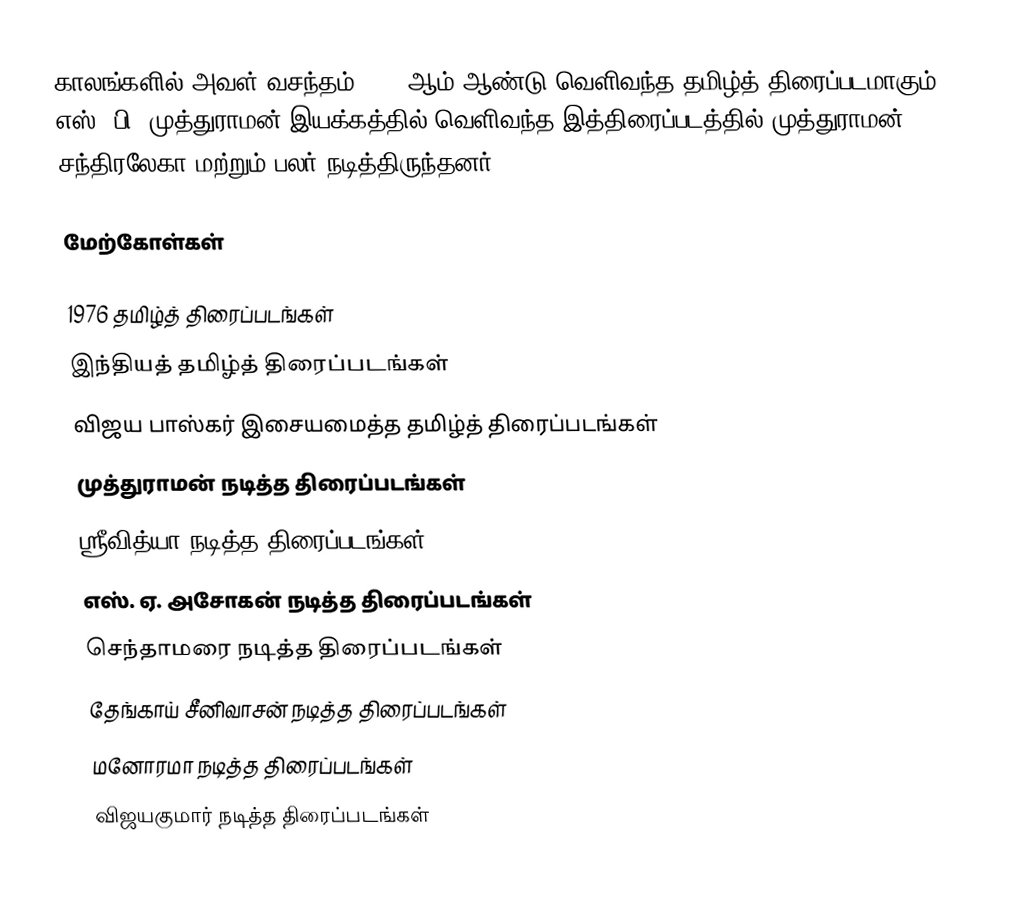
காலங்களில் அவள் வசந்தம் 1976 ஆம் ஆண்டு வெளிவந்த தமிழ்த் திரைப்படமாகும். எஸ். பி. முத்துராமன் இயக்கத்தில் வெளிவந்த இத்திரைப்படத்தில் முத்துராமன், சந்திரலேகா மற்றும் பலர் நடித்திருந்தனர்.

மேற்கோள்கள்

1976 தமிழ்த் திரைப்படங்கள்
இந்தியத் தமிழ்த் திரைப்படங்கள்
விஜய பாஸ்கர் இசையமைத்த தமிழ்த் திரைப்படங்கள்
முத்துராமன் நடித்த திரைப்படங்கள்
ஸ்ரீவித்யா நடித்த திரைப்படங்கள்
எஸ். ஏ. அசோகன் நடித்த திரைப்படங்கள்
செந்தாமரை நடித்த திரைப்படங்கள்
தேங்காய் சீனிவாசன் நடித்த திரைப்படங்கள்
மனோரமா நடித்த திரைப்படங்கள்
விஜயகுமார் நடித்த திரைப்படங்கள்